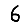
Digit: 6